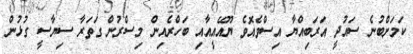
ކަމަށްބުނެ ސައުދީ އަރަބިއްޔާ އިސްވެއޮވެ ޔޫއޭއީއާއި ބަހްރެއިން މިސްރުން ގަތަރާ ސިޔާސީ ގުޅުން